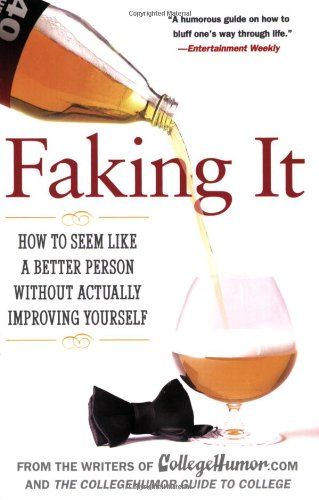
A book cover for Faking It: How to Seem Like a Better Person Without Actually ImprovingYourself; Writers of Collegehumor.com; Humor & Entertainment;